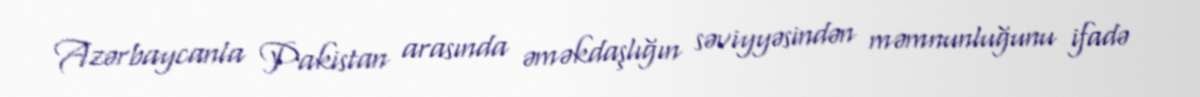
Azərbaycanla Pakistan arasında əməkdaşlığın səviyyəsindən məmnunluğunu ifadə